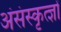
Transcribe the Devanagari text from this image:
अंसंस्कृत्ज्ञों